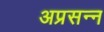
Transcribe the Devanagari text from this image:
अप्रसन्‍न